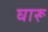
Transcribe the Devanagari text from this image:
घारू